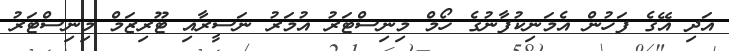
އަދި އޭގެ ފަހުން އެމަނިކުފާނުގެ ހޯމް މިނިސްޓަރު އުމަރު ނަސީރާއި ޓޫރިޒަމް މިނިސްޓަރު